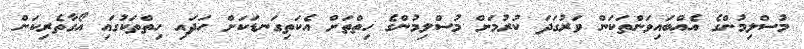
މުސްލިމުންގެ އެއްބައިވަންތަކަން ވަރުގަދަ ކުރުމަށް މުސްލިމުންގެ ހިތްތަށް އެކަތިގަނޑަކަށް ހަދައި ހިތްތަކުގައި އޯގާތެރިކަން